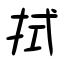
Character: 拭